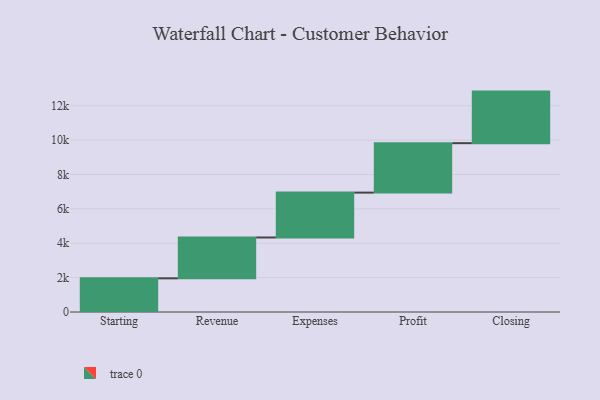
{"axis": {"x": "Step", "y": "Value"}, "legend": [""], "data": [{"x": "Starting", "y": 1958.0, "type": ""}, {"x": "Revenue", "y": 2377.0, "type": ""}, {"x": "Expenses", "y": 2610.0, "type": ""}, {"x": "Profit", "y": 2876.0, "type": ""}, {"x": "Closing", "y": 3000, "type": ""}]}